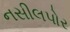
નસીલપોર